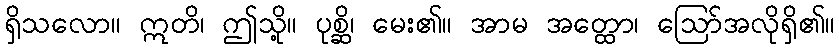
ရှိသလော။ ဣတိ၊ ဤသို့။ ပုစ္ဆိ၊ မေး၏။ အာမ အတ္ထော၊ ဩော်အလိုရှိ၏။